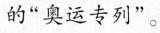
的“奥运专列”。